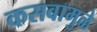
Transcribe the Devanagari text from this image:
कसबामुळे